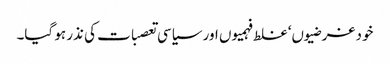
خود غرضیوں‘ غلط فہمیوں اور سیاسی تعصبات کی نذر ہو گیا۔